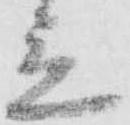
立